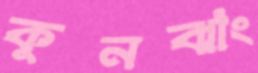
কুনঝাং